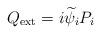
LaTeX: \begin{align*} Q_{\rm ext} = i \widetilde{\psi}_i P_i\end{align*}